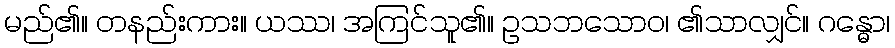
မည်၏။ တနည်းကား။ ယဿ၊ အကြင်သူ၏။ ဥသဘသောဝ၊ ၏သာလျှင်။ ဂန္ဓော၊